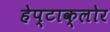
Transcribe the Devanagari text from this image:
हेप्‍टाक्‍लोर